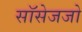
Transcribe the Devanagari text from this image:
सॉसेजजो